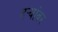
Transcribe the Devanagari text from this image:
दऱ्यांवर